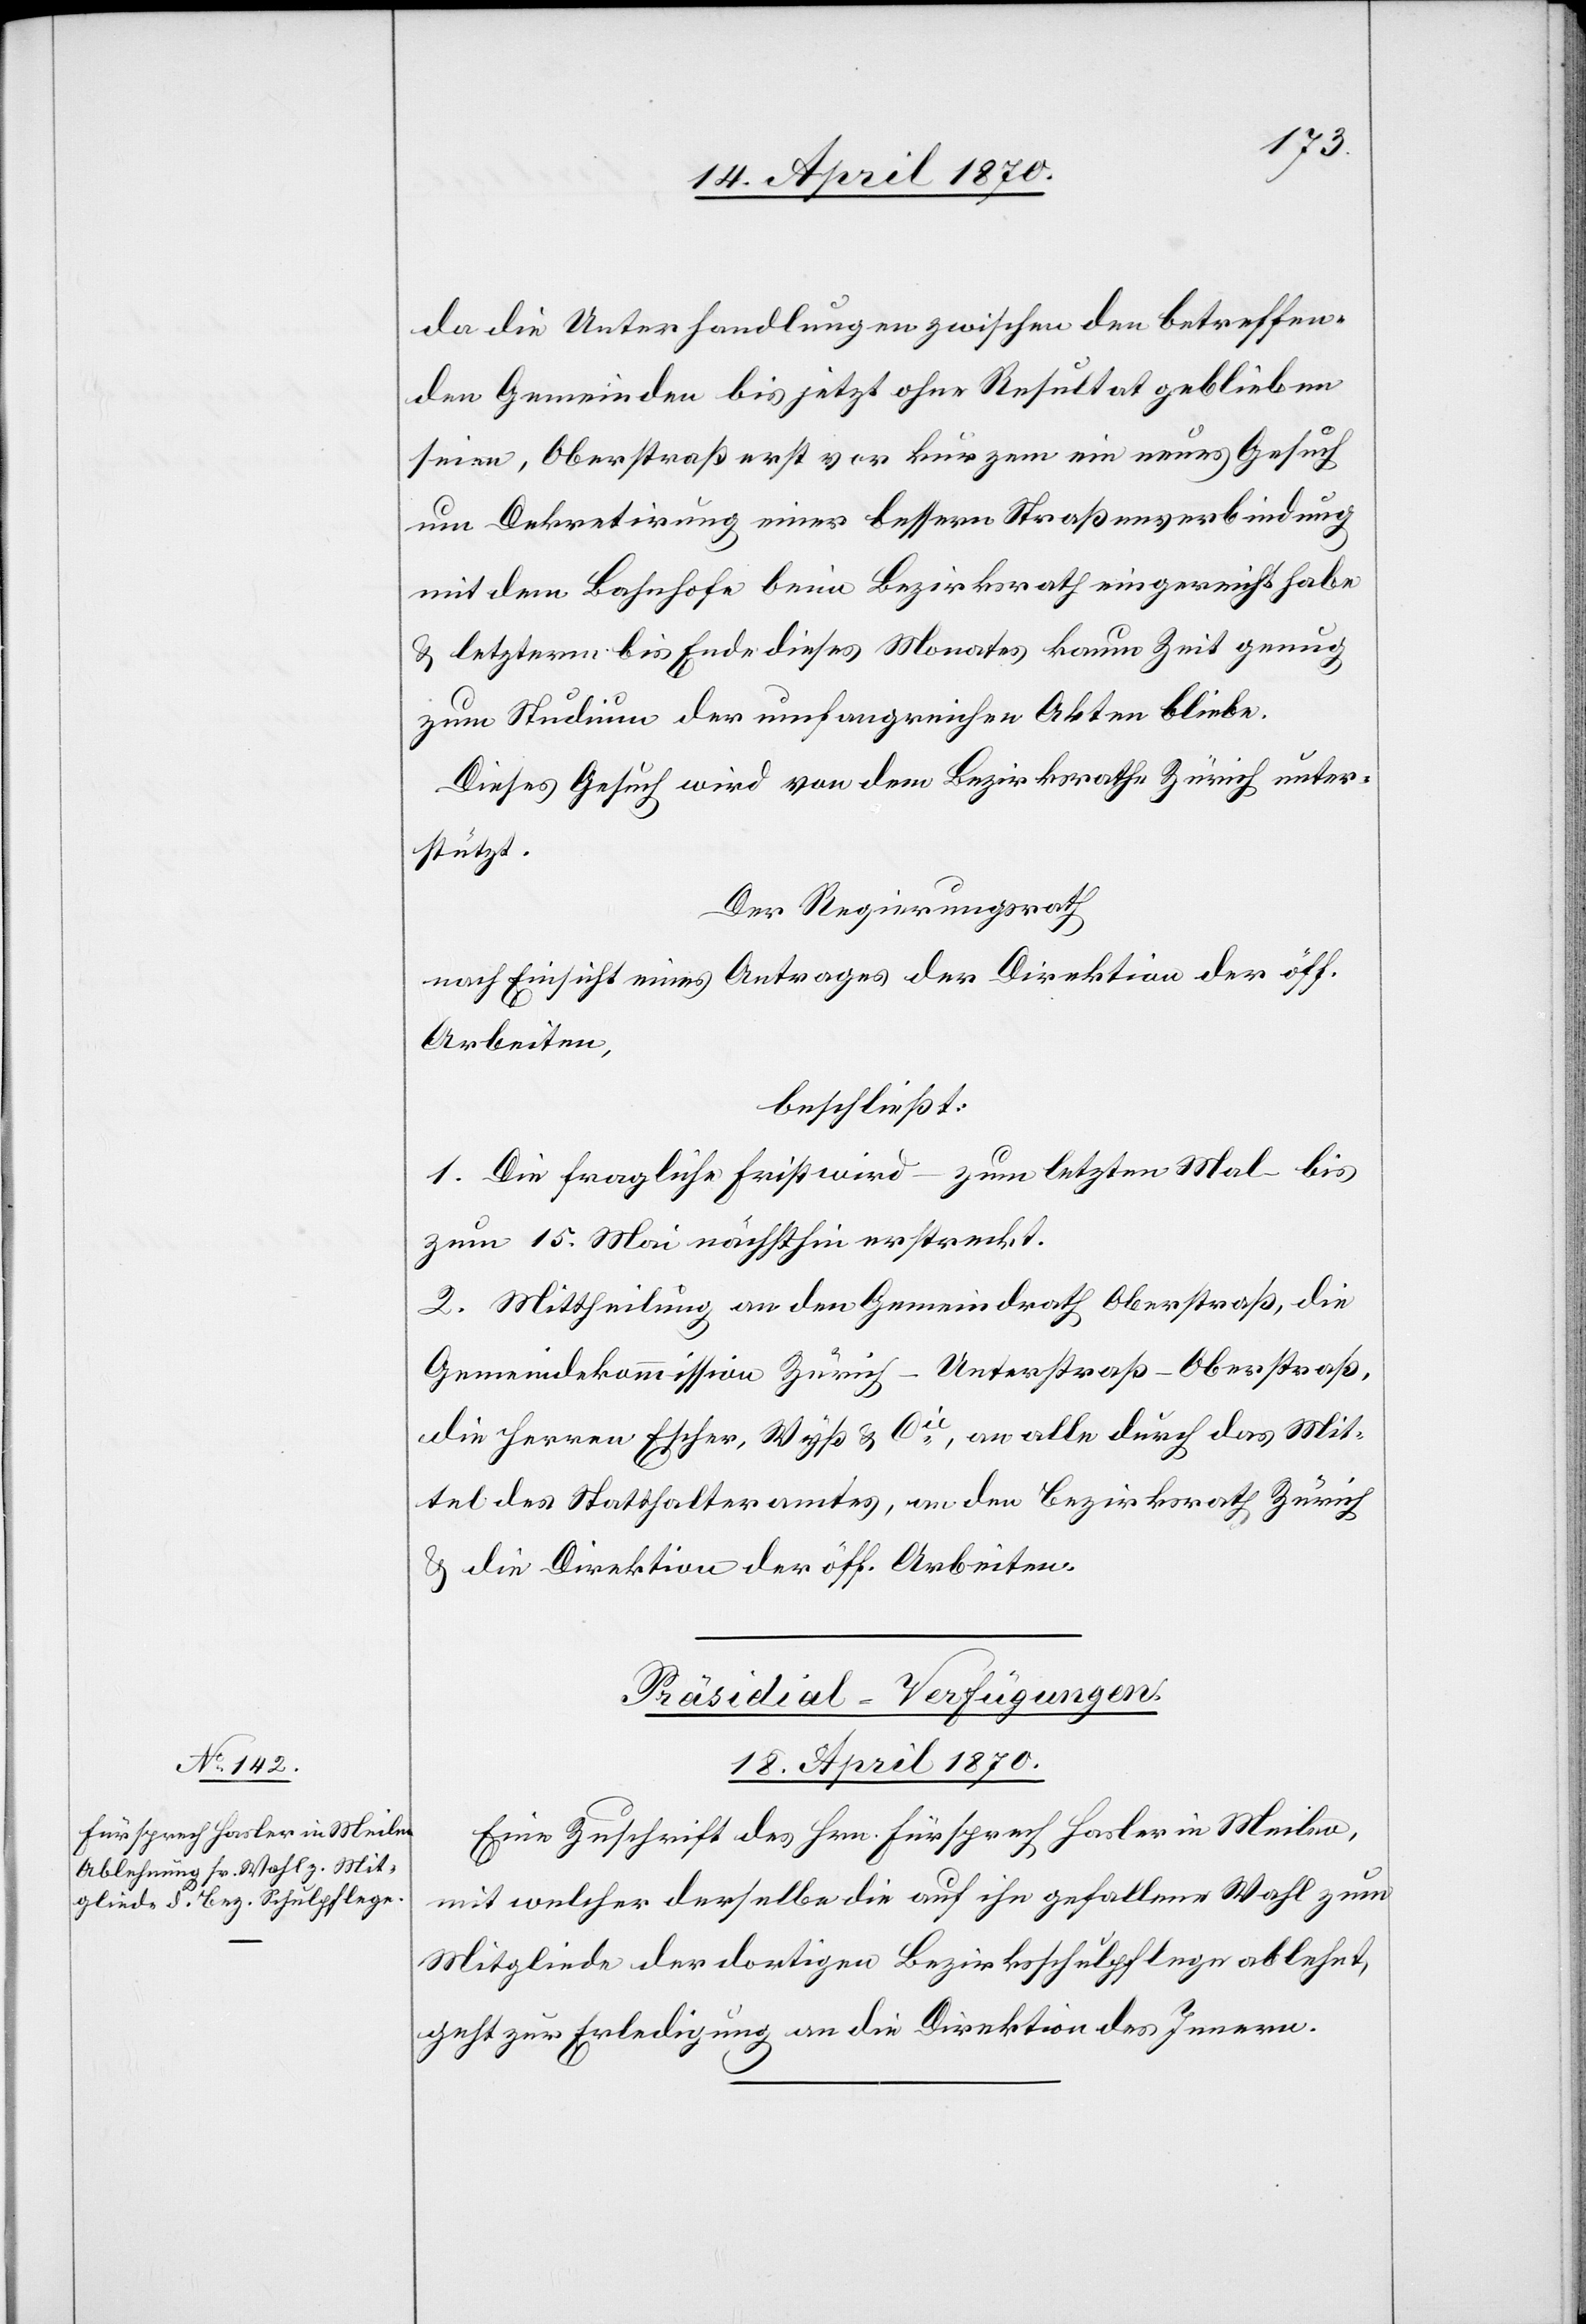
da die Unterhandlungen zwischen den betreffen¬
den Gemeinden bis jetzt ohne Resultat geblieben
seien, Oberstraß erst vor kurzem ein neues Gesuch
um Dekretirung einer bessern Straßenverbindung
mit dem Bahnhofe beim Bezirksrath eingereicht habe
& letzterm bis Ende dieses Monates kaum Zeit genug
zum Studium der umfangreichen Akten bliebe.
Dieses Gesuch wird von dem Bezirksrath Zürich unter¬
stützt.
Der Regierungsrath
nach Einsicht eines Antrages der Direktion der öff.
Arbeiten,
beschließt:
1. Die fragliche Frist wird – zum letzten Mal – bis
zum 15. Mai nächsthin erstreckt.
2. Mittheilung an den Gemeindrath Oberstraß, die
Gemeindekommission Zürich-Unterstraß-Oberstraß,
die Herren Escher, Wyß & Cie, an alle durch das Mit¬
tel des Statthalteramtes, an den Bezirksrath Zürich
& die Direktion der öff. Arbeiten.
Präsidial-Verfügungen.
18. April 1870.
Eine Zuschrift des Hrn. Fürsprech Hasler in Meilen,
mit welcher derselbe die auf ihn gefallene Wahl zum
Mitgliede der dortigen Bezirksschulpflege ablehnt,
geht zur Erledigung an die Direktion des Innern.